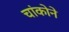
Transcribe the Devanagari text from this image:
चांकोने